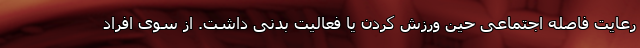
رعایت فاصله اجتماعی حین ورزش کردن یا فعالیت بدنی داشت. از سوی افراد